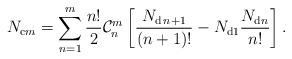
LaTeX: \begin{align*}N_{\mathrm{c}m}=\sum_{n=1}^{m}\frac{n!}{2}\mathcal{C}_{n}^{m}\left[\frac{N_{\mathrm{d}\,n+1}}{(n+1)!}-N_{\mathrm{d}1}\frac{N_{\mathrm{d}n}}{n!} \right].\end{align*}